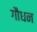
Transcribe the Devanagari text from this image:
गौधन